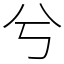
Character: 兮